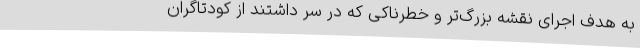
به هدف اجرای نقشه بزرگ‌تر و خطرناکی که در سر داشتند از کودتاگران